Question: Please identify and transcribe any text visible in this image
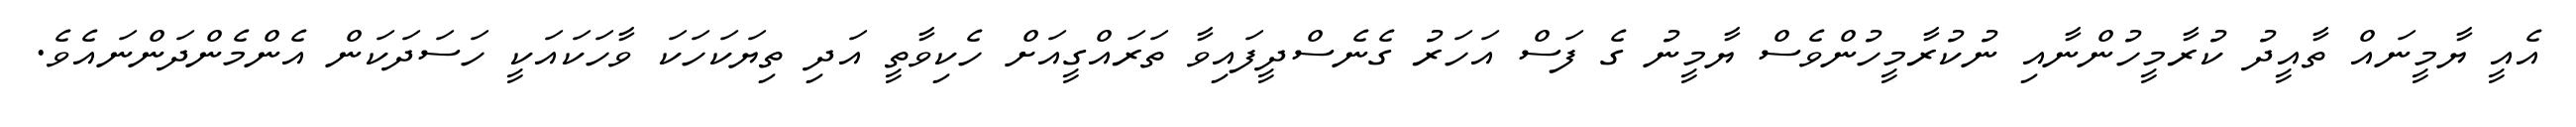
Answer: އެއީ ޔާމީނައް ތާއީދު ކުރާމީހުންނާއި ނުކުރާމީހުންވެސް ޔާމީނު ގެ ފަސް އަހަރު ގެނެސްދީފައިވާ ތަރައްގީއަށް ހެކިވާތީ އަދި ތިޔަކަހަކަ ވާހަކައަކީ ހަސަދަކަން އެންމެންދަންނައެވެ.